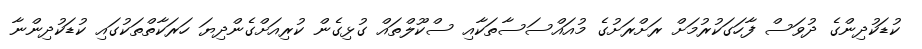
ކުޑަކުދިންގެ ދުވަސް ފާހަގަކުރުމަށް ރަށްރަށުގެ މުއައްސަސާތަކާއި ސްކޫލްތައް ގުޅިގެން ކުރިއަށްގެންދިޔަ ހަރަކާތްތަކުގައި ކުޑަކުދިންނާ